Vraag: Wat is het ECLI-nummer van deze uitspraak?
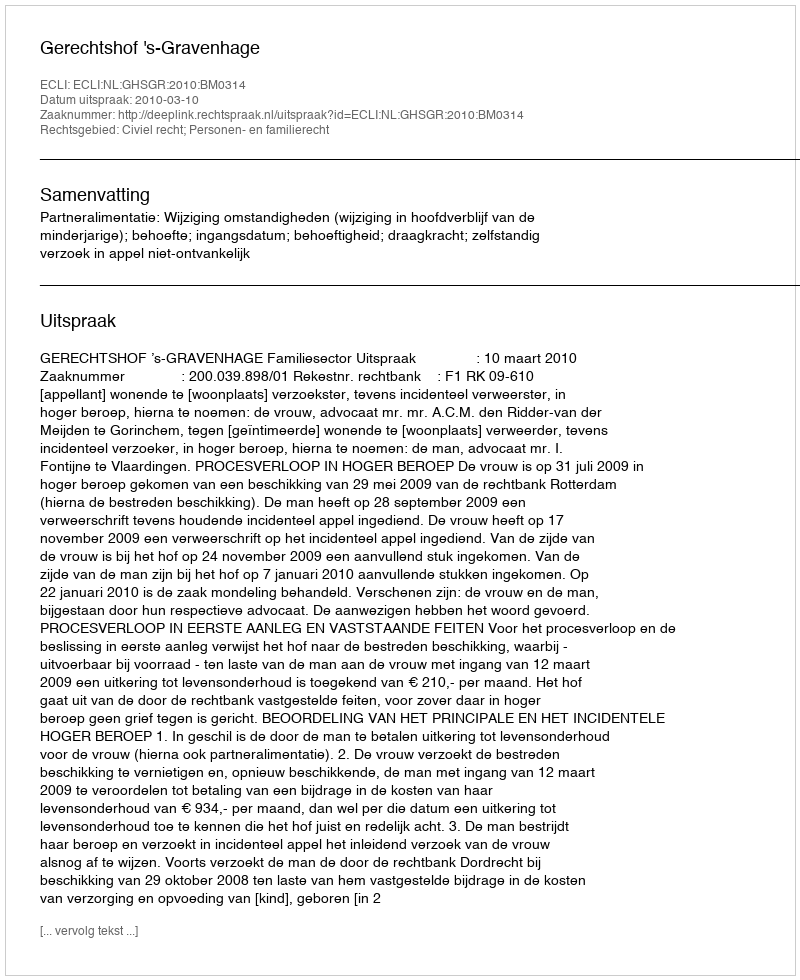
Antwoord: ECLI:NL:GHSGR:2010:BM0314